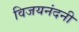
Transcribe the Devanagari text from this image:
विजयनंदनी